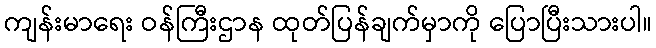
ကျန်းမာရေး ဝန်ကြီးဌာန ထုတ်ပြန်ချက်မှာကို ပြောပြီးသားပါ။